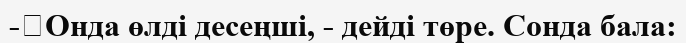
-	Онда өлді десеңші, - дейді төре. Сонда бала: